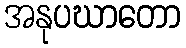
အနုပဃာတော